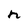
Character: n